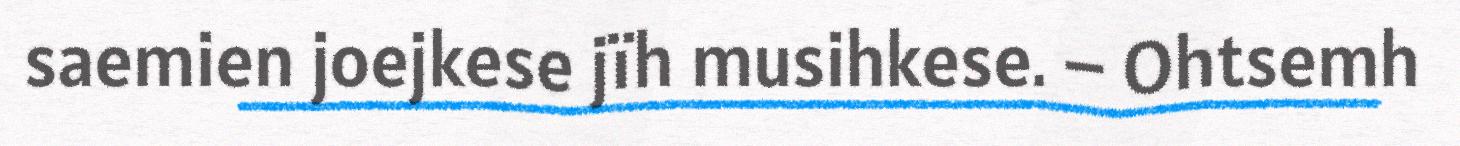
saemien joejkese jïh musihkese. – Ohtsemh